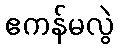
ဧကန်မလွဲ